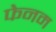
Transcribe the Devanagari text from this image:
फेनम